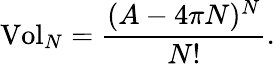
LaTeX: \mathrm{{Vol}}_{N}=\frac{(A-4\pi N)^{N}}{N!}.